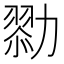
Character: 𠢯